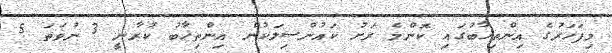
މިފަހަރުގެ އިންތިޚާބުގައި ކޮންމެ ރަށު ކައުންސިލަކުން އިންތިޚާބު ކުރާނީ 3 ނުވަތަ 5